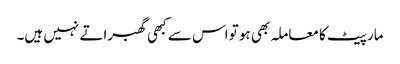
مار پیٹ کا معاملہ بھی ہو تو اس سے کبھی گھبراتے نہیں ہیں۔